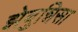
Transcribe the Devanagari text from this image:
झेबुन्निसा